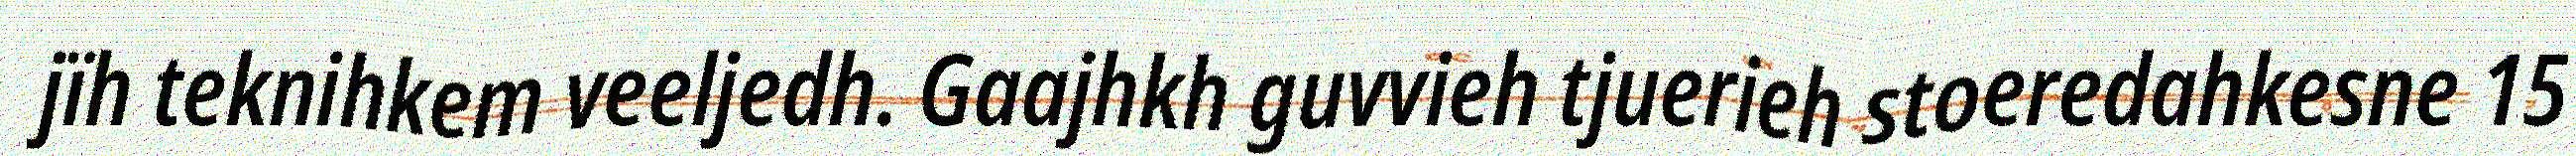
jïh teknihkem veeljedh. Gaajhkh guvvieh tjuerieh stoeredahkesne 15